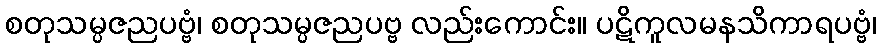
စတုသမ္ပဇညပဗ္ဗံ၊ စတုသမ္ပဇညပဗ္ဗ လည်းကောင်း။ ပဋိကူလမနသိကာရပဗ္ဗံ၊